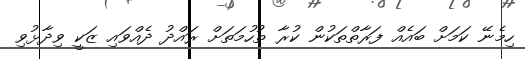
ހިމެނޭ ކަމަށް ބައެއް ފަރާތްތަކުން ކުރާ ތުހުމަތަށް ރައްދު ދެއްވައި ޒަކީ ވިދާޅުވި